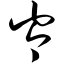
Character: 岑